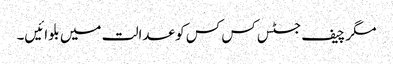
مگر چیف جسٹس کس کس کو عدالت میں بلوائیں۔